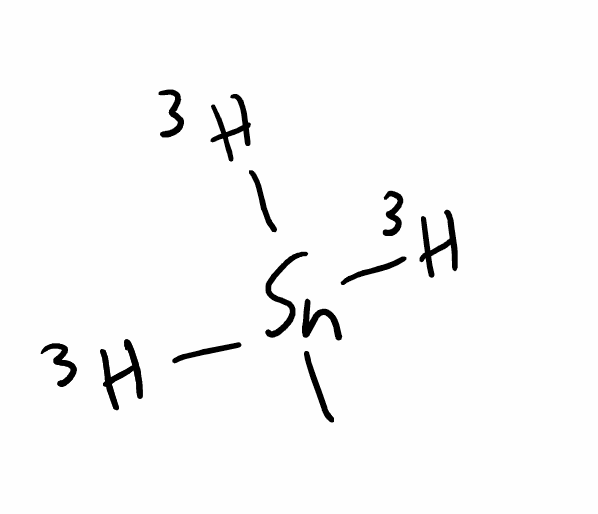
Simplified molecular-input line-entry system (SMILES) notation of the given molecule:
[3H][Sn]([3H])([3H])C